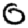
Digit: 0